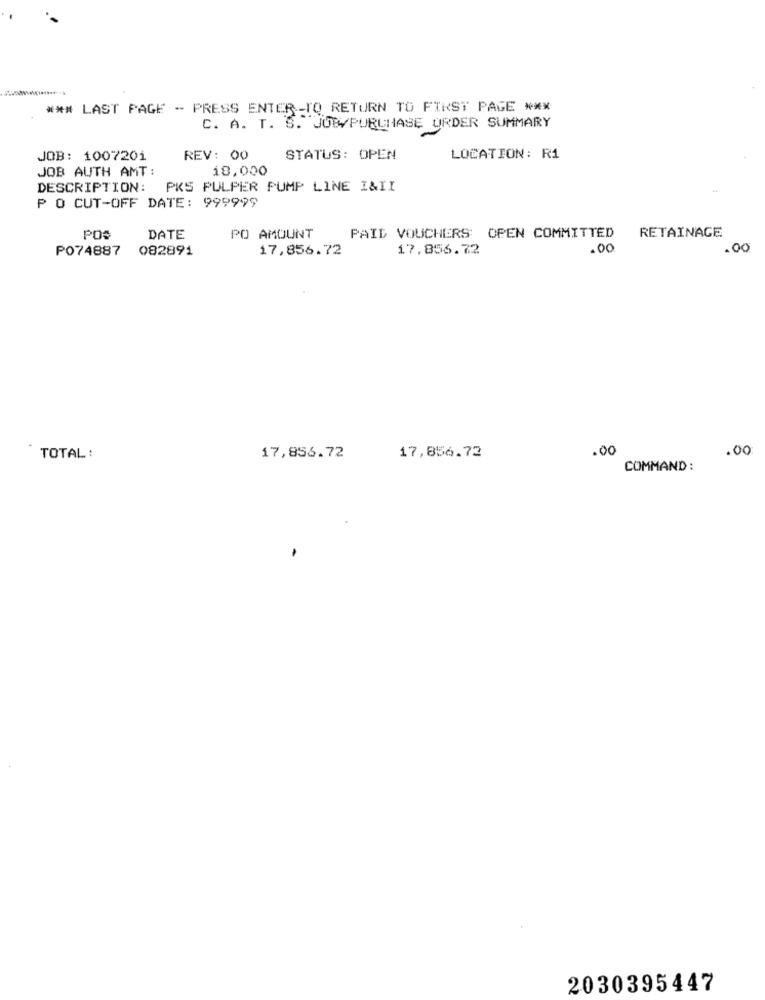
*** LAST PAGE - PRESS ENTER .- TO RETURN TO FIRST PAGE ***
C. A. T. S. JOW/PURCHASE ORDER SUMMARY
JOB: 1007201
REV: 00
STATUS: OPEN
LOCATION: R1
JOB AUTH AMT:
18.000
DESCRIPTION: PKS PULPER PUMP LINE I&II
₱ O CUT-OFF DATE: 999999
POS
DATE
PO AMOUNT
PAID VOUCHERS OPEN COMMITTED
RETAINAGE
PO74887
082891
17,856.72
17,856.72
.00
.00
.00
.00
TOTAL:
17,856.72
17,856.72
COMMAND:
2030395447